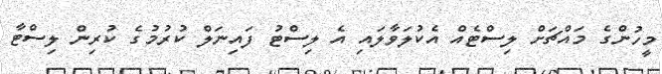
މީހުންގެ މައްޗަށް ލިސްޓެއް އެކުލަވާލައި އެ ލިސްޓު ފައިނަލް ކުރުމުގެ ކުރިން ލިސްޓާ